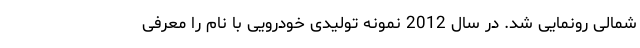
شمالی رونمایی شد. در سال 2012 نمونه تولیدی خودرویی با نام را معرفی